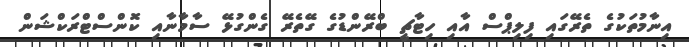
އިނާމުތަކުގެ ތެރޭގައި ފިލިޕްސް އާއި ހިޓާޗީ ބްރޭންޑުގެ ގޭތެރޭ ގެންގުޅޭ ސާމާނާއި ކޮންސްޓްރަކްޝަން